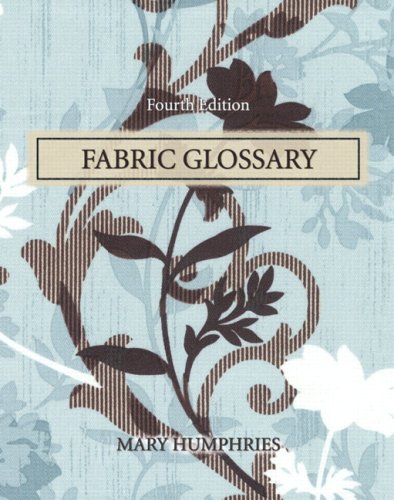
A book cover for Fabric Glossary (4th Edition); Mary Humphries; Crafts, Hobbies & Home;